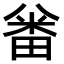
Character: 𠔪